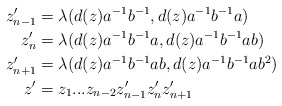
\begin{align*}z_{n-1}'&=\lambda(d(z)a^{-1}b^{-1}, d(z)a^{-1}b^{-1}a) \\z_n'&=\lambda(d(z)a^{-1}b^{-1}a, d(z)a^{-1}b^{-1}ab) \\z_{n+1}'&=\lambda(d(z)a^{-1}b^{-1}ab, d(z)a^{-1}b^{-1}ab^2)\\z'&=z_1...z_{n-2}z_{n-1}'z_n'z_{n+1}'\end{align*}